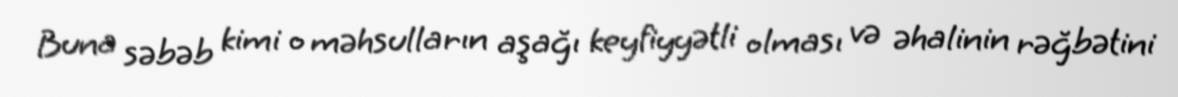
Buna səbəb kimi o məhsulların aşağı keyfiyyətli olması və əhalinin rəğbətini